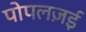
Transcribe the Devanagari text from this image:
पोपलज़ई